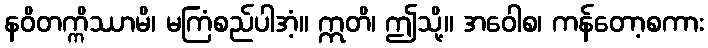
နဝိတက္ကိဿာမိ၊ မကြံစည်ပါအံ့။ ဣတိ၊ ဤသို့။ အဝေါစ၊ ကန်တော့စကား